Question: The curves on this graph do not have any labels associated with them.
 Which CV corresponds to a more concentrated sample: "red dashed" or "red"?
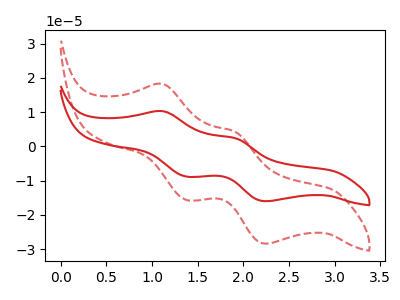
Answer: <think>The red curve "red" has anodic peaks at (1.10V, 10.25uA) (1.90V, 2.40uA) and cathodic peaks at (1.40V, -8.80uA) (2.25V, -16.00uA). The red dashed curve "red dashed" has anodic peaks at (1.10V, 18.20uA) (1.90V, 4.20uA) and cathodic peaks at (1.40V, -15.65uA) (2.25V, -28.40uA).
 All the peaks in "red dashed" have a peak in "red" at the same potential. Every peak in "red dashed" is higher than every peak in "red".</think>
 <answer>"red dashed" has more signal than "red" and so likely has a higher concentration.</answer>
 <eval>more_concentration</eval>